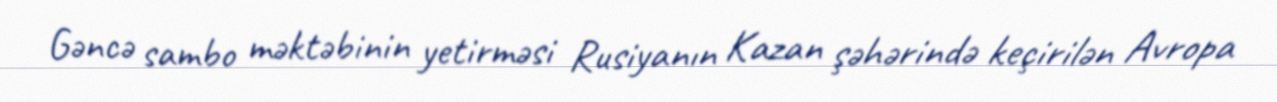
Gəncə sambo məktəbinin yetirməsi Rusiyanın Kazan şəhərində keçirilən Avropa